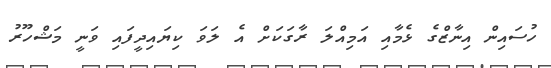
ހުސައިން އިނާޒްގެ ޅެމާއި އަމިއްލަ ރާގަކަށް އެ ލަވަ ކިޔައިދީފައި ވަނީ މަޝްހޫރު